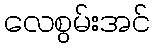
လေစွမ်းအင်